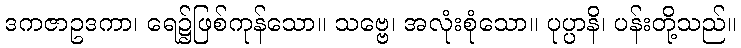
ဒကဇာဥဒကာ၊ ရေ၌ဖြစ်ကုန်သော။ သဗ္ဗေ၊ အလုံးစုံသော။ ပုပ္ပာနိ၊ ပန်းတို့သည်။